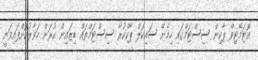
އޮޓަމޭޓިވް ޕާކިން ސިސްޓަމްގައި ހިމެނޭ ސައިކަލް ޕާކްކުރާ ސިސްޓަމްތައް ޑިޒައިން ކުރަން ހަވާލުކޮށްފައިވަނީ